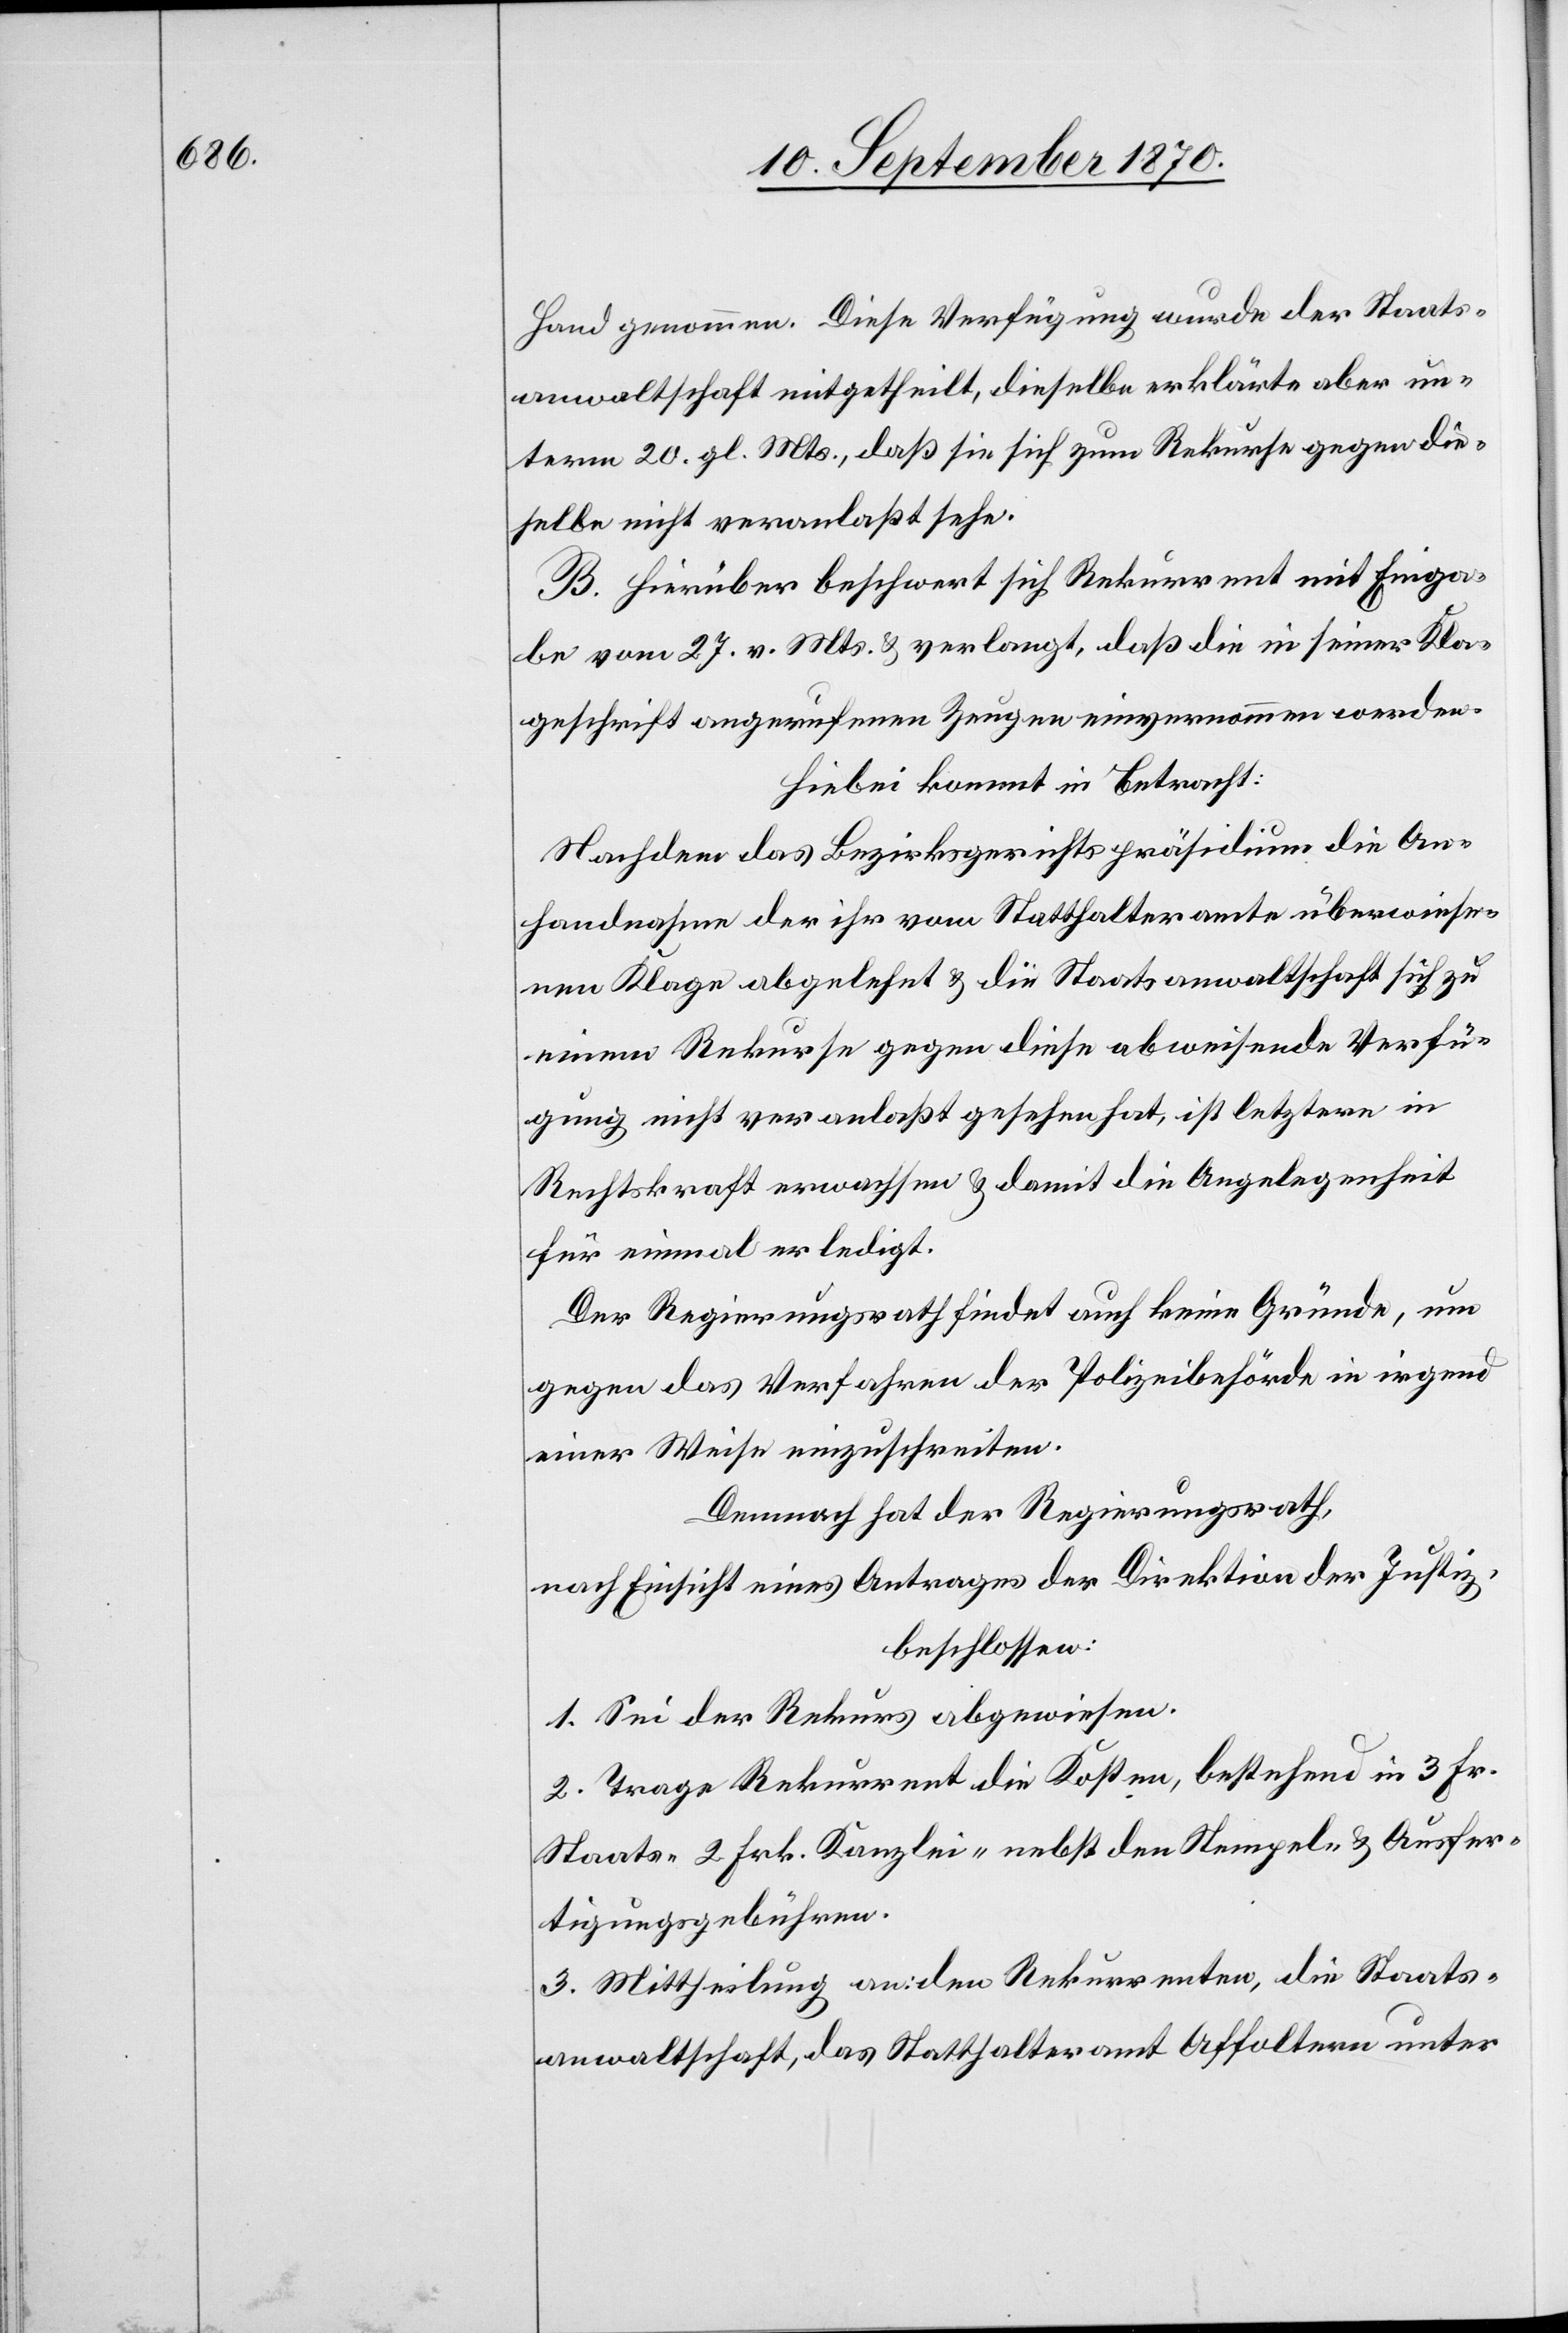
Hand genommen. Diese Verfügung wurde der Staats¬
anwaltschaft mitgetheilt, dieselbe erklärte aber un¬
term 20. gl. Mts., daß sie sich zum Rekurse gegen die¬
selbe nicht veranlaßt sehe.
B. Hierüber beschwert sich Rekurrent mit Einga¬
be vom 27. v. Mts. & verlangt, daß die in seiner Kla¬
geschrift angerufenen Zeugen einvernommen werden.
Hiebei kommt in Betracht:
Nachdem das Bezirksgerichtspräsidium die An¬
handnahme der ihr vom Statthalteramte überwiese¬
nen Klage abgelehnt & die Staatsanwaltschaft sich zu
einem Rekurse gegen diese abweisende Verfü¬
gung nicht veranlaßt gesehen hat, ist letztere in
Rechtskraft erwachsen & damit die Angelegenheit
für einmal erledigt.
Der Regierungsrath findet auch keine Gründe, um
gegen das Verfahren der Polizeibehörde in irgend
einer Weise einzuschreiten.
Demnach hat der Regierungsrath,
nach Einsicht eines Antrages der Direktion der Justiz,
beschlossen:
1. Sei der Rekurs abgewiesen.
2. Trage Rekurrent die Kosten, bestehend in 3 Fr.
Staats- 2 Frk. Kanzlei- nebst den Stempel- & Ausfer¬
tigungsgebühren.
3. Mittheilung an den Rekurrenten, die Staats¬
anwaltschaft, das Statthalteramt Affoltern unter